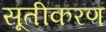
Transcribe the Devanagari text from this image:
सूतीकरण